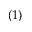
( 1 )